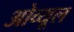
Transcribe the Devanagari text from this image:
ओव्यूल